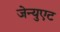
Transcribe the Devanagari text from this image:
जेन्युएट